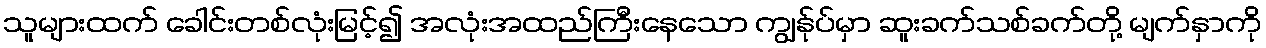
သူများထက် ခေါင်းတစ်လုံးမြင့်၍ အလုံးအထည်ကြီးနေသော ကျွန်ုပ်မှာ ဆူးခက်သစ်ခက်တို့ မျက်နှာကို